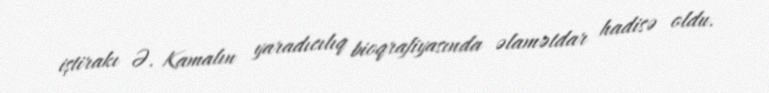
iştirakı Ə. Kamalın yaradıcılıq bioqrafiyasında əlamətdar hadisə oldu.